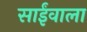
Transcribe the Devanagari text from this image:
साईंवाला